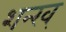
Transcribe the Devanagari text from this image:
शन्ख्